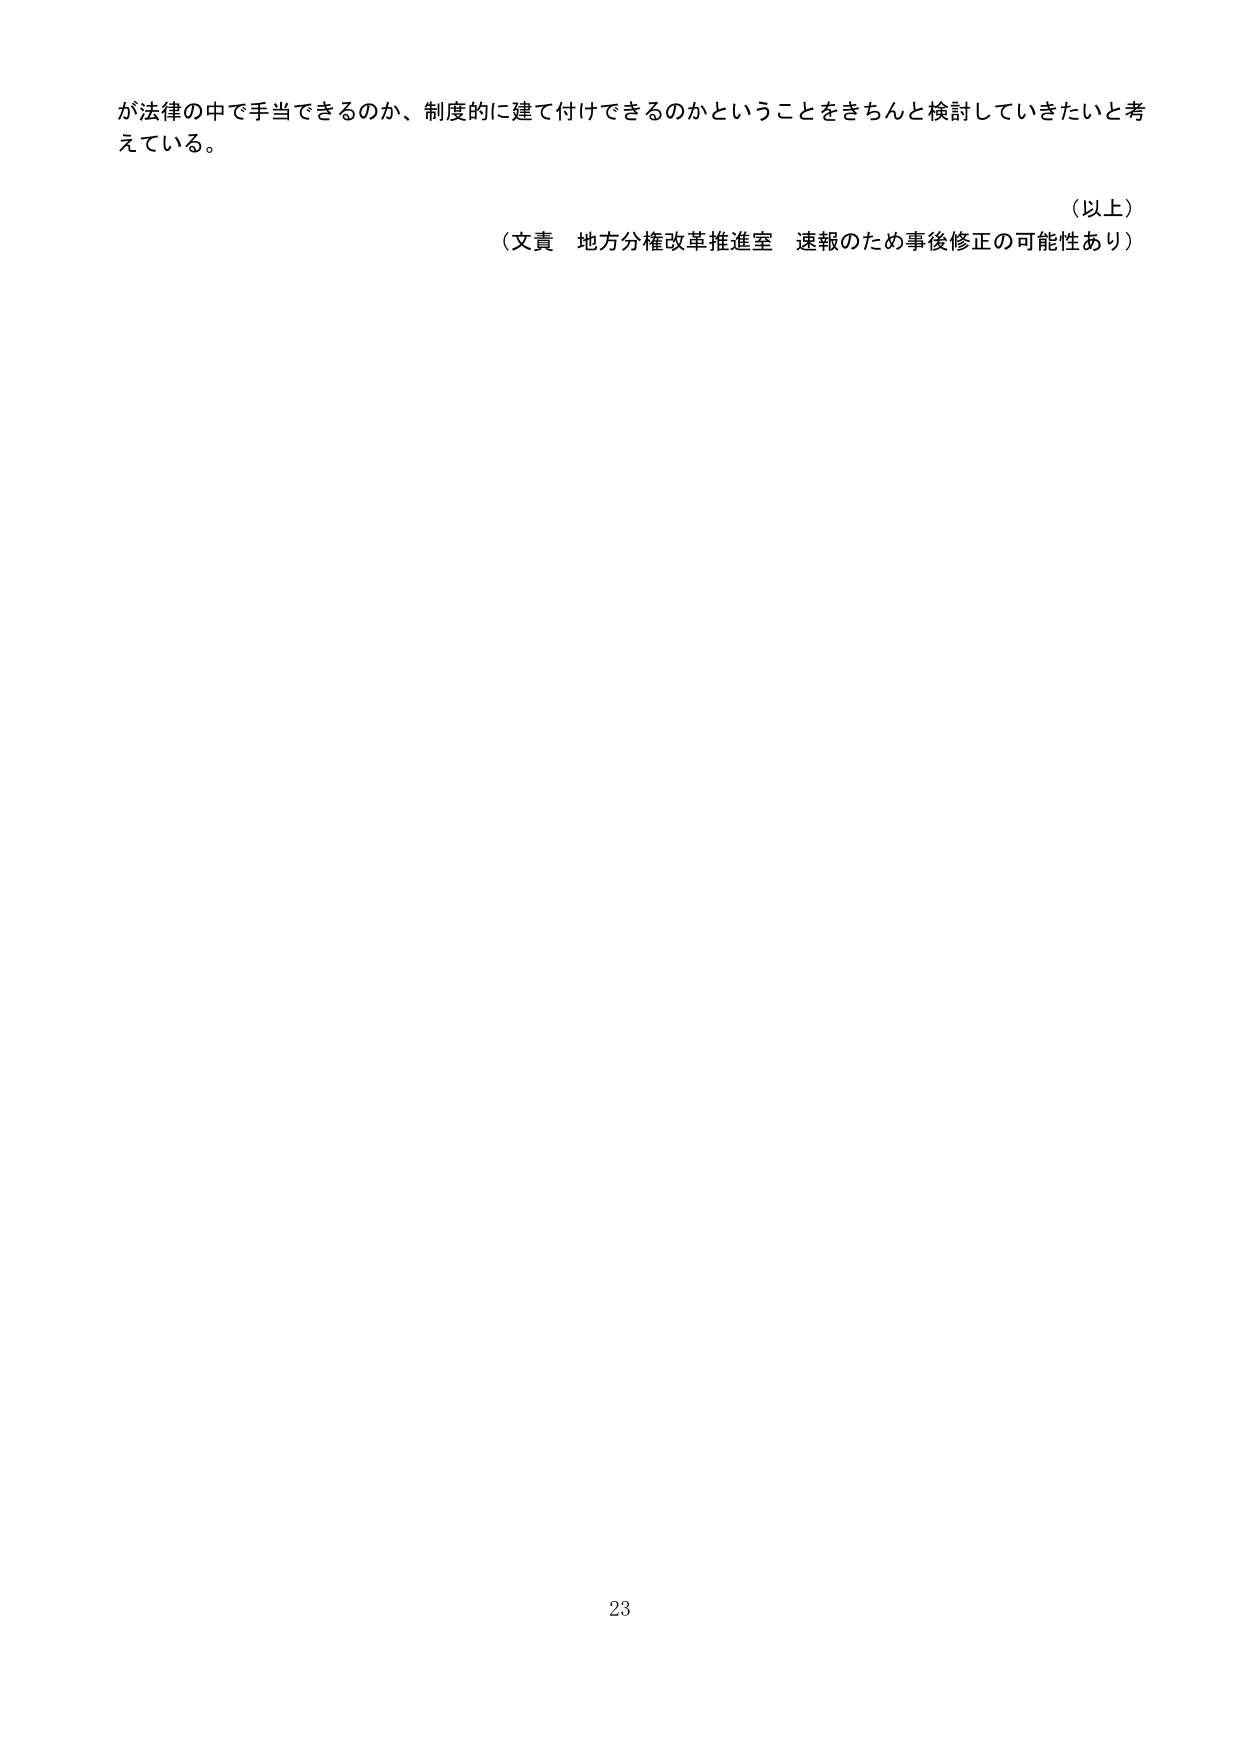
が法律の中で手当できるのか、制度的に建て付けできるのかということをきちんと検討していきたいと考えている。

（以上）
（文責 地方分権改革推進室 速報のため事後修正の可能性あり）

23